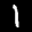
Label: 1